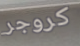
كروجر